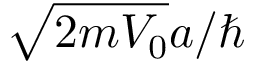
{ \sqrt { 2 m V _ { 0 } } } a / \hbar